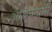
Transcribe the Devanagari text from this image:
आश्रयदायी